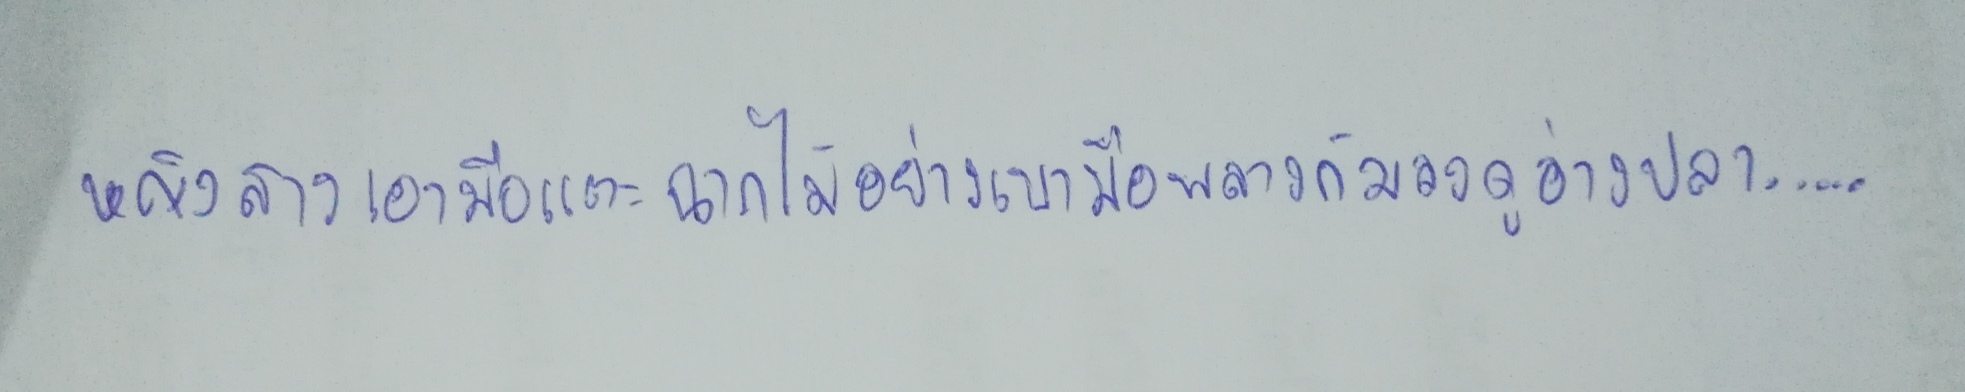
หญิงสาวเอามือแตะฉากไม้อย่างเบามือพลางก้มลงดูอ่างปลา....